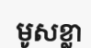
មូសខ្លា